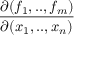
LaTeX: \frac { \partial ( f _ { 1 } , . . , f _ { m } ) } { \partial ( x _ { 1 } , . . , x _ { n } ) }